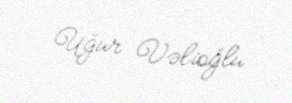
Uğur Vəlioğlu